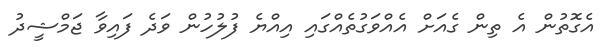
އެގޮތުން އެ ތިން ގެއަށް އެއްވަގުތެއްގައި އިއްޔެ ފުލުހުން ވަދެ ފައިވާ ޖަމްޝީދު